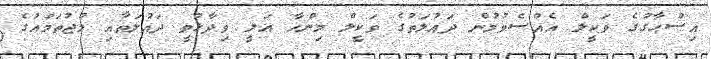
އިސްޙާގުގެ ވަކީލް އެއްސެވުމުން ދައުލަތުގެ ވަކީލް މިންހާ ޢަލީ ވިދާޅުވީ ދައުލަތާއި މުޖުތަމައުގެ